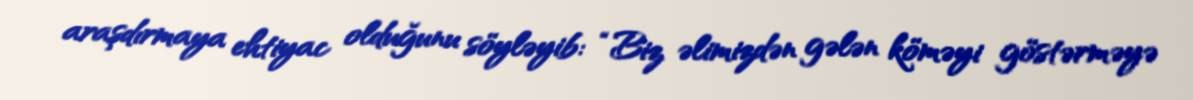
araşdırmaya ehtiyac olduğunu söyləyib: “Biz əlimizdən gələn köməyi göstərməyə